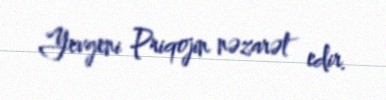
Yevgeni Priqojin nəzarət edir.